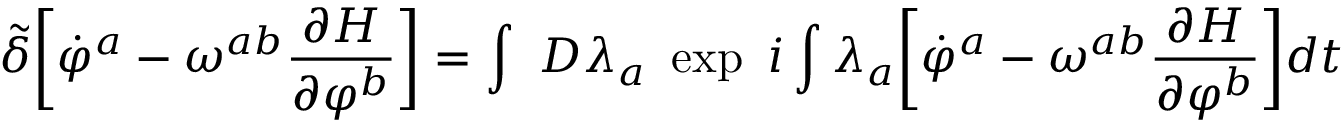
{ \tilde { \delta } } \biggl [ { \dot { \varphi } } ^ { a } - \omega ^ { a b } { \frac { \partial H } { \partial \varphi ^ { b } } } \biggr ] = \int ~ { \cal D } \lambda _ { a } ~ \exp ~ i \int \lambda _ { a } \biggl [ { \dot { \varphi } } ^ { a } - \omega ^ { a b } { \frac { \partial H } { \partial \varphi ^ { b } } } \biggr ] d t \nonumber